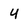
Character: 4